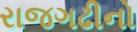
રાજગઢીનો